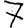
Digit: 7